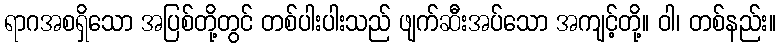
ရာဂအစရှိသော အပြစ်တို့တွင် တစ်ပါးပါးသည် ဖျက်ဆီးအပ်သော အကျင့်တို့။ ဝါ၊ တစ်နည်း။